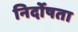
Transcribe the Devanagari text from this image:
निर्दोषता